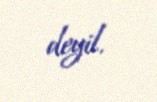
deyil.